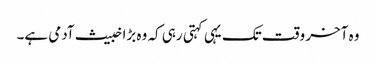
وہ آخر وقت تک یہی کہتی رہی کہ وہ بڑا خبیث آدمی ہے۔